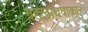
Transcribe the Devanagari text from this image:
ग्रहलाघवाकार